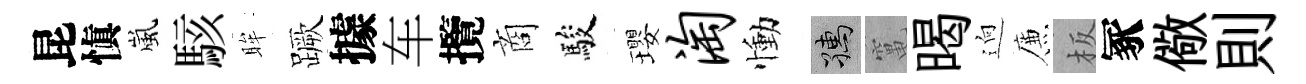
昆愼嵐駭眸蹶據车攬商駿瓔淘慟孺𥧄暍逈簾板冢儆則